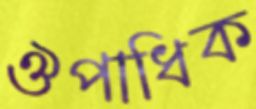
ঔপাধিক